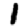
Digit: 1